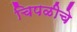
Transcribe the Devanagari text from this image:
चिपळीचे